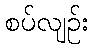
စပ်လျဉ်း